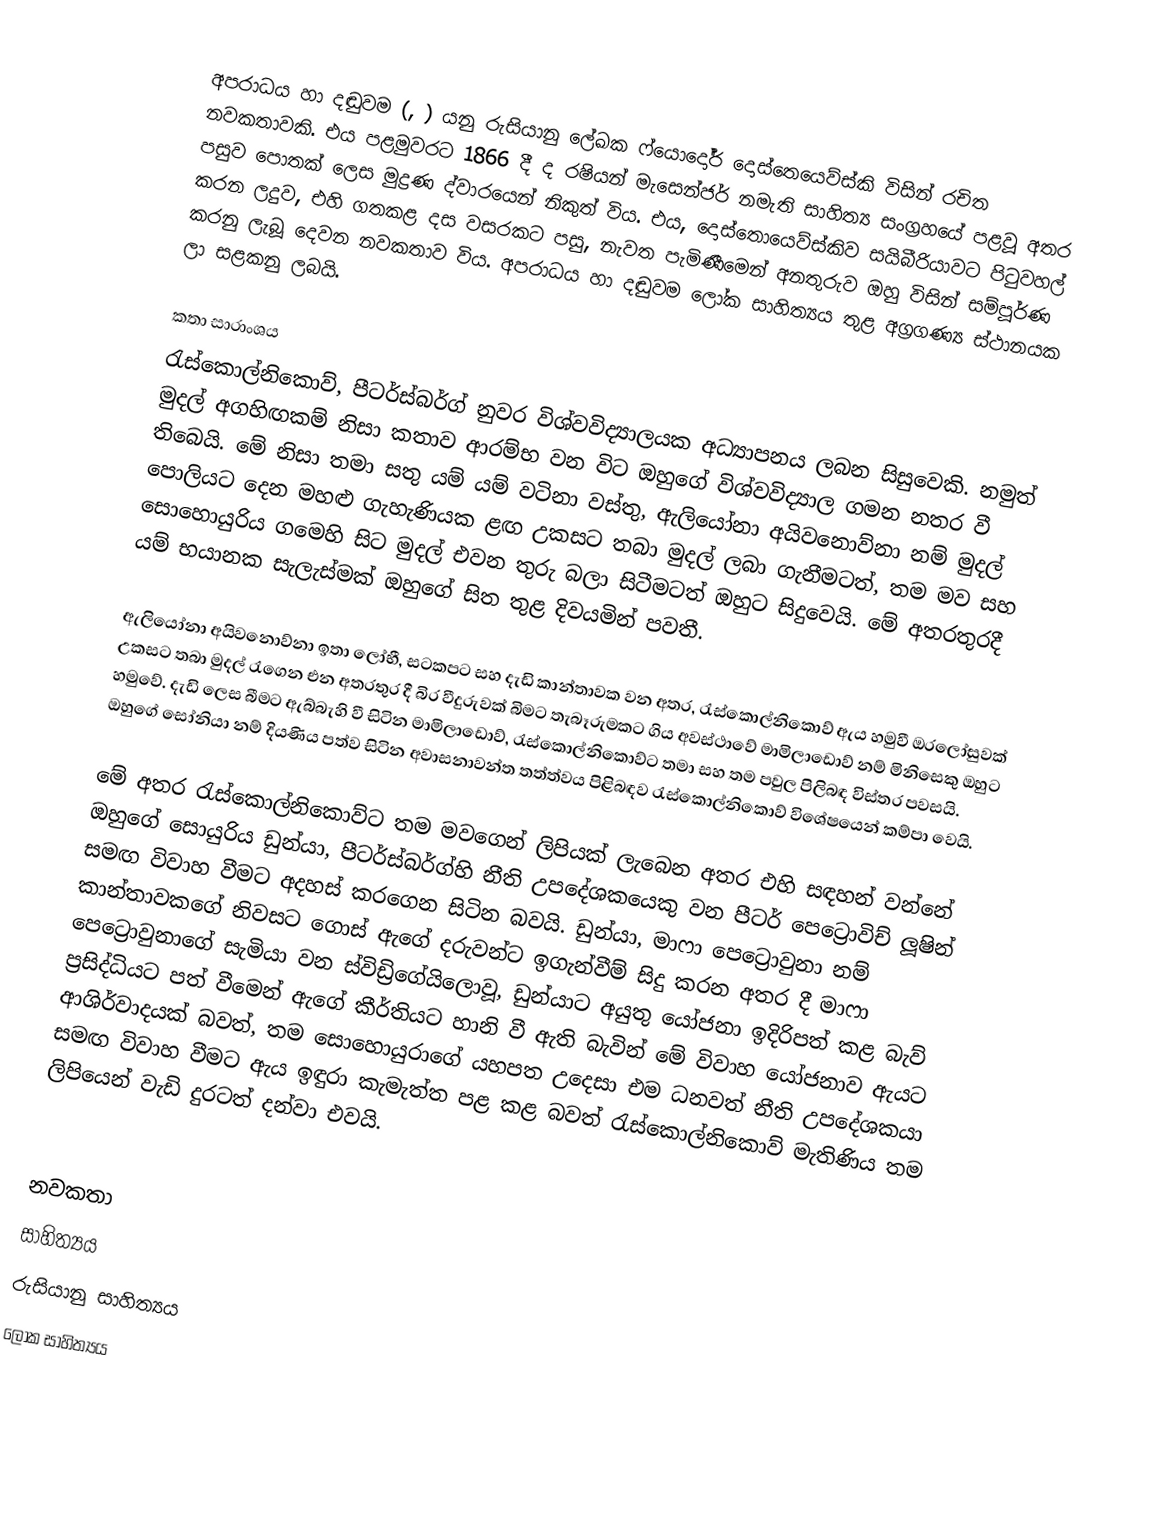
අපරාධය හා දඬුවම (, ) යනු රුසියානු ලේඛක ෆ්යොදෝර් දොස්තෙයෙව්ස්කි විසින් රචිත නවකතාවකි. එය පළමුවරට 1866 දී ද රෂියන් මැසෙන්ජර් නමැති සාහිත්‍ය සංග්‍රහයේ පළවූ අතර පසුව පොතක් ලෙස මුද්‍රණ ද්වාරයෙන් නිකුත් විය. එය, දොස්තොයෙව්ස්කිව සයිබීරියාවට පිටුවහල් කරන ලදුව, එහි ගතකළ දස වසරකට පසු, නැවත පැමිණීමෙන් අනතුරුව ඔහු විසින් සම්පූර්ණ කරනු ලැබූ දෙවන නවකතාව විය. අපරාධය හා දඬුවම ලෝක සාහිත්‍යය තුළ අග්‍රගණ්‍ය ස්ථානයක ලා සළකනු ලබයි.

කතා සාරාංශය
රැස්කොල්නිකොව්, පීටර්ස්බර්ග් නුවර විශ්වවිද්‍යාලයක අධ්‍යාපනය ලබන සිසුවෙකි. නමුත් මුදල් අගහිඟකම් නිසා කතාව ආරම්භ වන විට ඔහුගේ විශ්වවිද්‍යාල ගමන නතර වී තිබෙයි. මේ නිසා තමා සතු යම් යම් වටිනා වස්තු, ඇලියෝනා අයිවනොව්නා නම් මුදල් පොලියට දෙන මහළු ගැහැණියක ළඟ උකසට තබා මුදල් ලබා ගැනීමටත්, තම මව සහ සොහොයුරිය ගමෙහි සිට මුදල් එවන තුරු බලා සිටීමටත් ඔහුට සිදුවෙයි. මේ අතරතුරදී යම් භයානක සැලැස්මක් ඔහුගේ සිත තුළ දිවයමින් පවතී.

ඇලියෝනා අයිවනොව්නා ඉතා ලෝභී, සටකපට සහ දැඩි කාන්තාවක වන අතර, රැස්කොල්නිකොව් ඇය හමුවී ඔරලෝසුවක් උකසට තබා මුදල් රැගෙන එන අතරතුර දී බිර වීදුරුවක් බිමට තැබෑරුමකට ගිය අවස්ථාවේ මාමිලාඩොව් නම් මිනිසෙකු ඔහුට හමුවේ. දැඩි ලෙස බීමට ඇබ්බැහි වී සිටින මාමිලාඩොව්, රැස්කොල්නිකොව්ට තමා සහ තම පවුල පිලිබඳ විස්තර පවසයි. ඔහුගේ සෝනියා නම් දියණිය පත්ව සිටින අවාසනාවන්ත තත්ත්වය පිළිබඳව රැස්කොල්නිකොව් විශේෂයෙන් කම්පා වෙයි.

මේ අතර රැස්කොල්නිකොව්ට තම මවගෙන් ලිපියක් ලැබෙන අතර එහි සඳහන් වන්නේ ඔහුගේ සොයුරිය ඩුන්යා, පීටර්ස්බර්ග්හි නීති උපදේශකයෙකු වන පීටර් පෙට්‍රොවිච් ලූෂින් සමඟ විවාහ වීමට අදහස් කරගෙන සිටින බවයි. ඩුන්යා, මාෆා පෙට්‍රොවුනා නම් කාන්තාවකගේ නිවසට ගොස් ඇගේ දරුවන්ට ඉගැන්වීම් සිදු කරන අතර දී මාෆා පෙට්‍රොවුනාගේ සැමියා වන ස්විඩ්‍රිගේයිලොවූ, ඩුන්යාට අයුතු යෝජනා ඉදිරිපත් කළ බැව් ප්‍රසිද්ධියට පත් වීමෙන් ඇගේ කීර්තියට හානි වී ඇති බැවින් මේ විවාහ යෝජනාව ඇයට ආශිර්වාදයක් බවත්, තම සොහොයුරාගේ යහපත උදෙසා එම ධනවත් නීති උපදේශකයා සමඟ විවාහ වීමට ඇය ඉඳුරා කැමැත්ත පළ කළ බවත් රැස්කොල්නිකොව් මැතිණිය තම ලිපියෙන් වැඩි දුරටත් දන්වා එවයි.

නවකතා
සාහිත්‍යය
රුසියානු සාහිත්‍යය
ලෝක සාහිත්‍යය